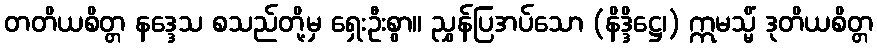
တတိယစိတ္တ နဒ္ဒေသ စသည်တို့မှ ရှေးဦးစွာ။ ညွှန်ပြအပ်သော (နိဒ္ဒိဋ္ဌေ၊) ဣမသ္မိံ ဒုတိယစိတ္တ